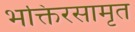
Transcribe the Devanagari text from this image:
भक्तिरसामृत